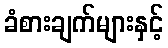
ခံစားချက်များနှင့်